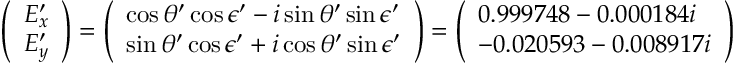
\left( \begin{array} { l } { E _ { x } ^ { \prime } } \\ { E _ { y } ^ { \prime } } \end{array} \right) = \left( \begin{array} { l } { \cos \theta ^ { \prime } \cos \epsilon ^ { \prime } - i \sin \theta ^ { \prime } \sin \epsilon ^ { \prime } } \\ { \sin \theta ^ { \prime } \cos \epsilon ^ { \prime } + i \cos \theta ^ { \prime } \sin \epsilon ^ { \prime } } \end{array} \right) = \left( \begin{array} { l } { 0 . 9 9 9 7 4 8 - 0 . 0 0 0 1 8 4 i } \\ { - 0 . 0 2 0 5 9 3 - 0 . 0 0 8 9 1 7 i } \end{array} \right)